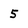
Character: 5